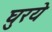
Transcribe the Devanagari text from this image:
घुरये